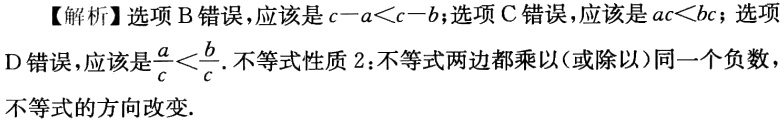
【解析】选项 B 错误，应该是\(c - a < c - b\)；选项 C 错误，应该是\(ac < bc\)；选项D 错误，应该是\(\frac{a}{c}<\frac{b}{c}\). 不等式性质 2：不等式两边都乘以(或除以)同一个负数，不等式的方向改变.